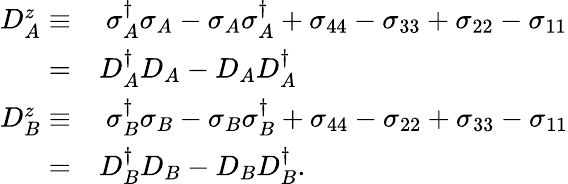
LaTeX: \begin{array}{rl}{D_{A}^{z}\equiv}&{{}~\sigma_{A}^{\dagger}\sigma_{A}-\sigma_{A}\sigma_{A}^{\dagger}+\sigma_{44}-\sigma_{33}+\sigma_{22}-\sigma_{11}}\\ {=}&{{}D_{A}^{\dagger}D_{A}-D_{A}D_{A}^{\dagger}}\\ {D_{B}^{z}\equiv}&{{}~\sigma_{B}^{\dagger}\sigma_{B}-\sigma_{B}\sigma_{B}^{\dagger}+\sigma_{44}-\sigma_{22}+\sigma_{33}-\sigma_{11}}\\ {=}&{{}D_{B}^{\dagger}D_{B}-D_{B}D_{B}^{\dagger}.}\end{array}